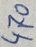
Text: 470